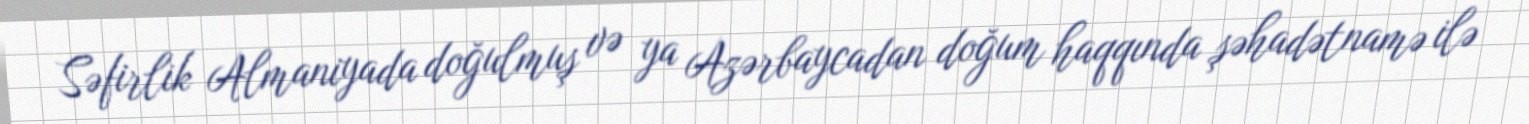
Səfirlik Almaniyada doğulmuş və ya Azərbaycadan doğum haqqında şəhadətnamə ilə